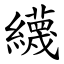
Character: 䌩